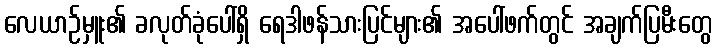
လေယာဉ်မှူး၏ ခလုတ်ခုံပေါ်ရှိ ရေဒါဖန်သားပြင်များ၏ အပေါ်ဖက်တွင် အချက်ပြမီးတွေ